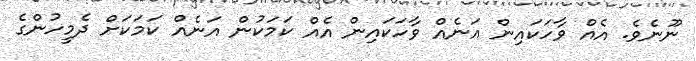
ނޫނެވެ. އެއް ވާހަކައިން އަނެއް ވާހަކައިން އެއް ކަމަކުން އަނެއް ކަމަކަށް ދެމީހުންގެ